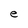
Character: e